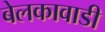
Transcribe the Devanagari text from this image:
बेलकावाडी